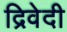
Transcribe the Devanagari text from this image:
द्रिवेदी